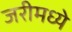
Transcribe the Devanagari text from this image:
जरीमध्ये